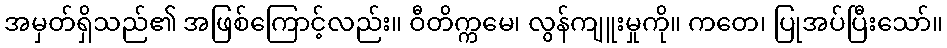
အမှတ်ရှိသည်၏ အဖြစ်ကြောင့်လည်း။ ဝီတိက္ကမေ၊ လွန်ကျူးမှုကို။ ကတေ၊ ပြုအပ်ပြီးသော်။